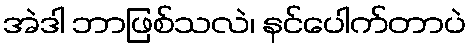
အဲဒါ ဘာဖြစ်သလဲ၊ နင်ပေါက်တာပဲ